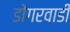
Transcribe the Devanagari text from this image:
डोंगरवाडी